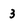
Character: 3